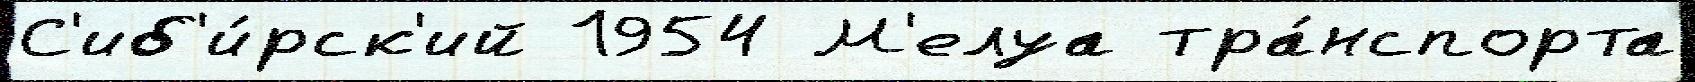
С'иб'и́рск'ий 1954 М'елуа тра́нспорта